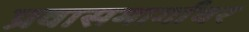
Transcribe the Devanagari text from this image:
प्रवासमार्गावर